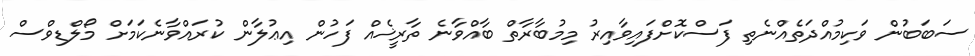
ސަބަބުން ވަކިމުއްދަތެއްނެތި ފަސްކޮށްފައިވާއިރު މިމުބާރާތް ބާއްވާނެ ތާރީޚެއް ފަހުން އިޢުލާން ކުރައްވާނެކަމަށް މޯލްޑިވްސް